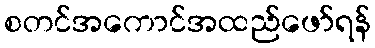
စတင်အကောင်အထည်ဖော်ရန်